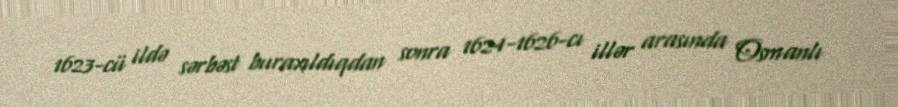
1623-cü ildə sərbəst buraxıldıqdan sonra 1624-1626-cı illər arasında Osmanlı